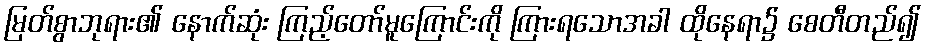
မြတ်စွာဘုရား၏ နောက်ဆုံး ကြည့်တော်မူကြောင်းကို ကြားရသောအခါ ထိုနေရာ၌ စေတီတည်၍